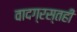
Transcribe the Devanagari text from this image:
वादग्रस्तही